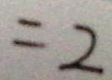
= 2